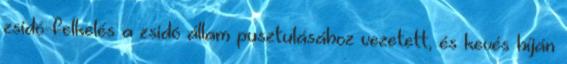
zsidó-felkelés a zsidó állam pusztulásához vezetett, és kevés híján